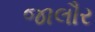
જાલૌર